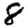
Digit: 8